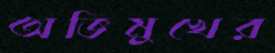
অভিমুখের